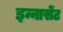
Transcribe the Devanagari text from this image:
इन्नासेंट